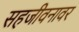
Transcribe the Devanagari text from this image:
सहजीवनावर